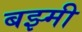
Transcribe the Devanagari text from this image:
बझ्मी